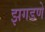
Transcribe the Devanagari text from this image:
झगडणे